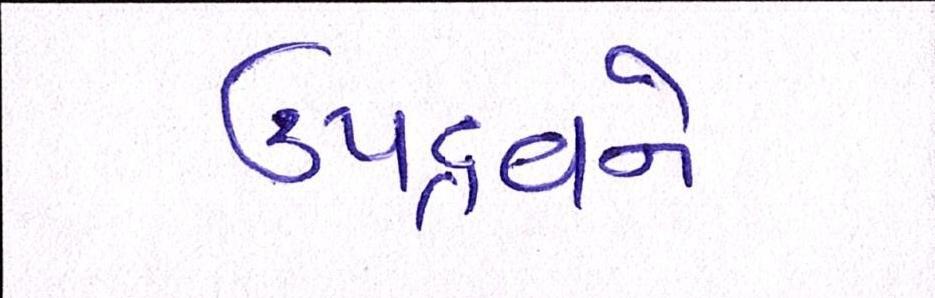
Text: ઉપદ્રવને